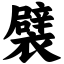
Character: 襞